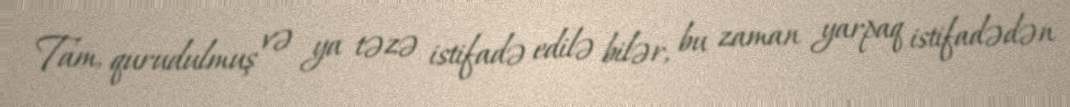
Tam, qurudulmuş və ya təzə istifadə edilə bilər, bu zaman yarpaq istifadədən